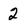
Character: 2